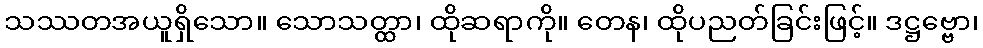
သဿတအယူရှိသော။ သောသတ္ထာ၊ ထိုဆရာကို။ တေန၊ ထိုပညတ်ခြင်းဖြင့်။ ဒဋ္ဌဗ္ဗော၊